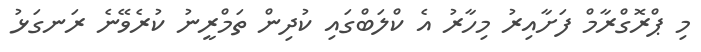
މި ޕްރޮގްރާމް ފަށާއިރު މިހާރު އެ ކްލަބްގައި ކުދިން ތަމްރީނު ކުރެވޭނެ ރަނގަޅު